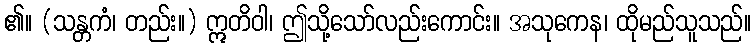
၏။ (သန္တကံ၊ တည်း။) ဣတိဝါ၊ ဤသို့သော်လည်းကောင်း။ အသုကေန၊ ထိုမည်သူသည်။